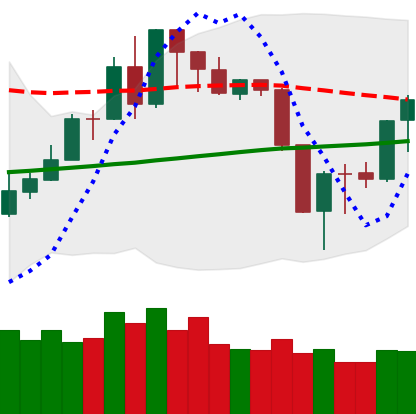
Ticker: XMR-USD
Chart end date: 2019-08-19
Forward return: -10.445%
Label: down_7plus